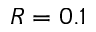
R = 0 . 1